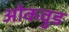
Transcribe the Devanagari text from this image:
ओकवुड